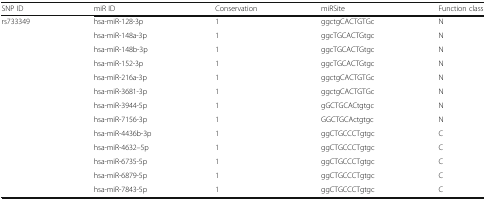
| SNP ID | miR ID | Conservation | miRSite | Function class |
 | --- | --- | --- | --- | --- |
 | rs733349 | hsa-miR-128-3p | 1 | ggctgCACTGTGc | N |
 |  | hsa-miR-148a-3p | 1 | ggcTGCACTGtgc | N |
 |  | hsa-miR-148b-3p | 1 | ggcTGCACTGtgc | N |
 |  | hsa-miR-152-3p | 1 | ggcTGCACTGtgc | N |
 |  | hsa-miR-216a-3p | 1 | ggctgCACTGTGc | N |
 |  | hsa-miR-3681-3p | 1 | ggctgCACTGTGc | N |
 |  | hsa-miR-3944-5p | 1 | gGCTGCACtgtgc | N |
 |  | hsa-miR-7156-3p | 1 | GGCTGCActgtgc | N |
 |  | hsa-miR-4436b-3p | 1 | ggCTGCCCTgtgc | C |
 |  | hsa-miR-4632–5p | 1 | ggCTGCCCTgtgc | C |
 |  | hsa-miR-6735-5p | 1 | ggCTGCCCTgtgc | C |
 |  | hsa-miR-6879-5p | 1 | ggCTGCCCTgtgc | C |
 |  | hsa-miR-7843-5p | 1 | ggCTGCCCTgtgc | C |